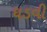
ઘડવી